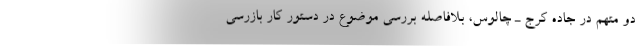
دو متهم در جاده کرج ـ چالوس، بلافاصله بررسی موضوع در دستور کار بازرسی